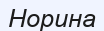
Норина